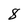
Character: 8